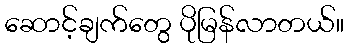
ဆောင့်ချက်တွေ ပိုမြန်လာတယ်။